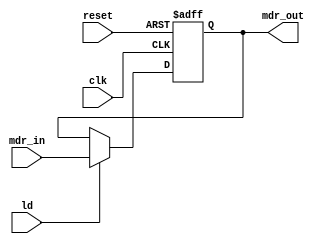
module mdr(
    input reset,
    input clk,
    input ld,
    input [7:0] mdr_in,
    output reg [7:0] mdr_out
    );
    
always@(posedge reset or posedge clk)begin
    if(reset)
        mdr_out <= 8'b0;
    else
        if(ld)
            mdr_out <= mdr_in;
end
endmodule